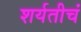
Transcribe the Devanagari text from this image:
शर्यतीचं